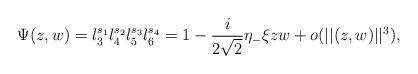
LaTeX: \begin{align*}\Psi(z,w)=l_3^{s_1} l_4^{s_2} l_5^{s_3} l_6^{s_4}=1 - \frac{i}{2\sqrt{2}} \eta_-\xi zw + o(||(z,w)||^3),\end{align*}